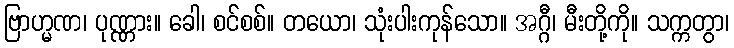
ဗြာဟ္မဏ၊ ပုဏ္ဏား။ ခေါ၊ စင်စစ်။ တယော၊ သုံးပါးကုန်သော။ အဂ္ဂီ၊ မီးတို့ကို။ သက္ကတွာ၊